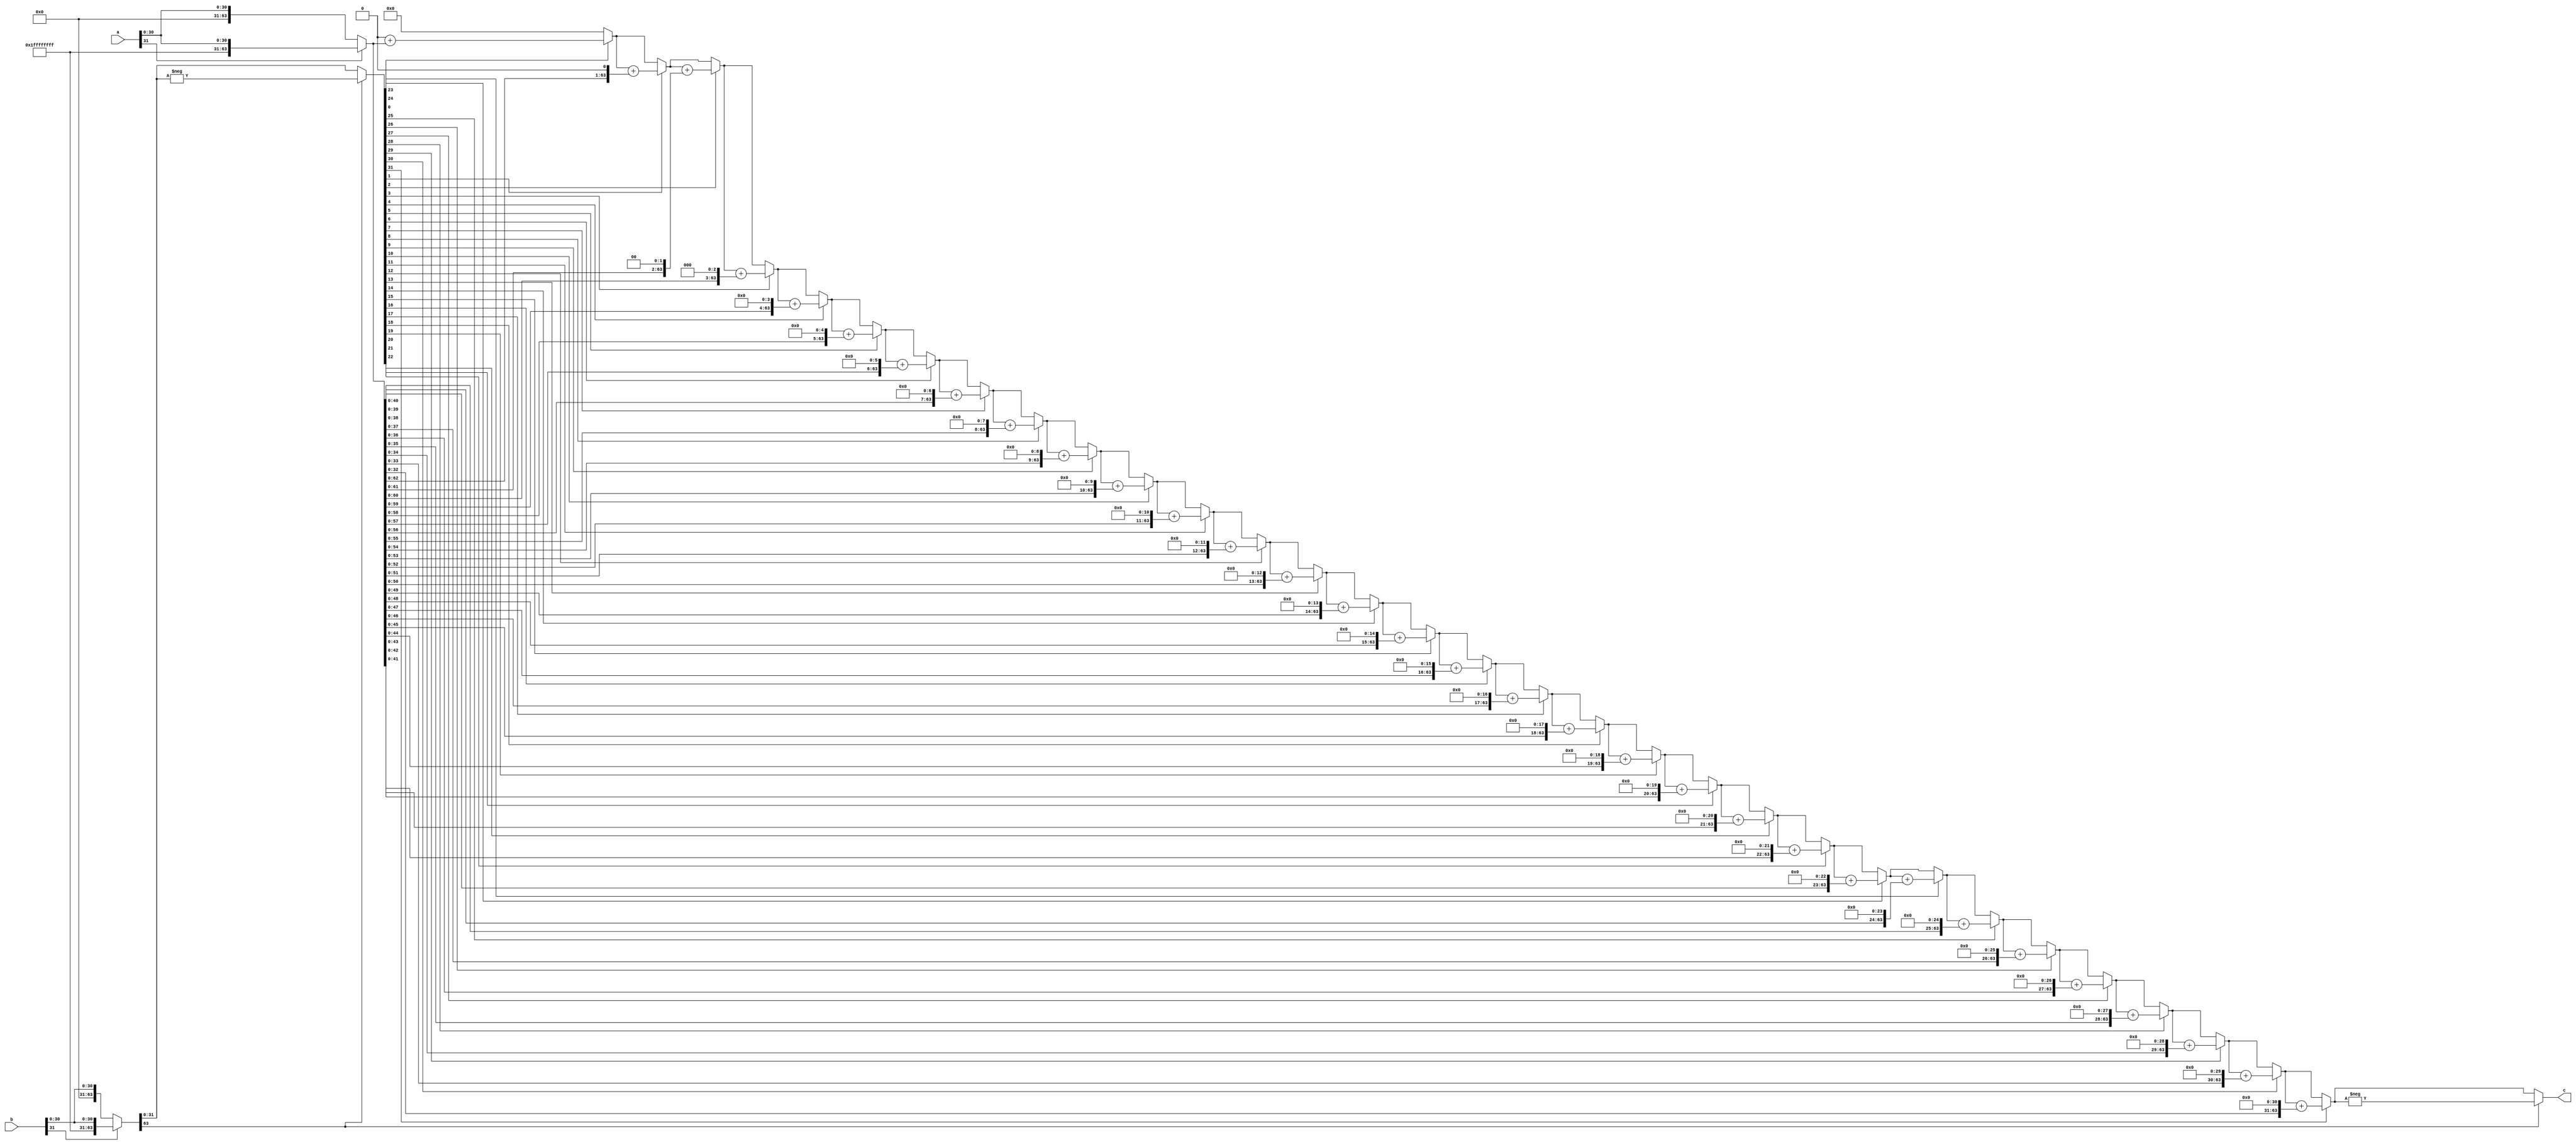
module SequentialMultiplier(
    input wire signed [31:0] a,
    input wire signed [31:0] b,
    output wire signed [63:0] c
);
    wire [31:0] ONES       = 32'b11111111111111111111111111111111;
    wire [31:0] ZEROS      = 32'b00000000000000000000000000000000;
    
    wire [63:0] wA = a[31] ? {ONES,a} : {ZEROS,a}; //sign extend
    wire [63:0] BB = b[31] ? {ONES,b} : {ZEROS,b}; //sign extend
    wire [63:0] wB = BB[63] ? -BB : BB;
    
    wire [63:0] S [32:0];
    assign S[0] = 64'b0;
    assign c    = BB[63] ? -S[32] : S[32];
    
    genvar i;
    generate
        for (i = 0;i < 32;i = i + 1) begin
            assign S[i + 1] = wB[i] == 1'b0 ? S[i] : (S[i] + (wA << i)); 
        end
    endgenerate

endmodule

module SyncSequentialMultiplier(
    input wire signed [31:0] a,
    input wire signed [31:0] b,
    output wire signed [63:0] c,
    input wire clk,
    input wire rst
);
    reg slow_clk = 1'b1;
    reg [31:0] in_a = 32'b0;
    reg [31:0] in_b = 32'b0;
    reg [63:0] out_c;

    assign c = out_c;

    wire [63:0] temp_c;
    SequentialMultiplier mul(
        .a(in_a),
        .b(in_b),
        .c(temp_c)
    );

    reg [31:0] counter = 32'b1;

    always @(posedge slow_clk, posedge rst) begin
        if (rst) begin
            in_a <= 32'b0;
            in_b <= 32'b0;
            out_c <= 64'b0;
        end else begin
            in_a <= a;
            in_b <= b;
            out_c <= temp_c;
        end
    end

    always @(posedge clk , posedge rst) begin
        if (rst) begin
            //reset signal
            counter <= 32'b1;
            slow_clk <= 1'b0;
        end else begin
            if (counter[5] == 1'b1) begin // this will delay until the bit you select +1 x2 (for example this will delay 6 cycles)
                counter <= 32'b1;
                slow_clk <= ~slow_clk;    // flip clk
            end else begin
                counter[31:1] <= counter[30:0];
                counter[0] <= 1'b1;
            end
        end
    end
    
endmodule